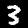
Label: 3